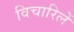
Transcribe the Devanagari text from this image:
विचारिलें